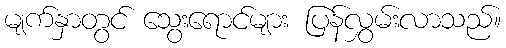
မျက်နှာတွင် သွေးရောင်များ ပြန်လွှမ်းလာသည်။